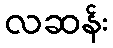
လဆန်း